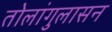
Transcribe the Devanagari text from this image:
तोलांगुलासन